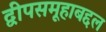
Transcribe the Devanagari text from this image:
द्वीपसमूहाबद्दल